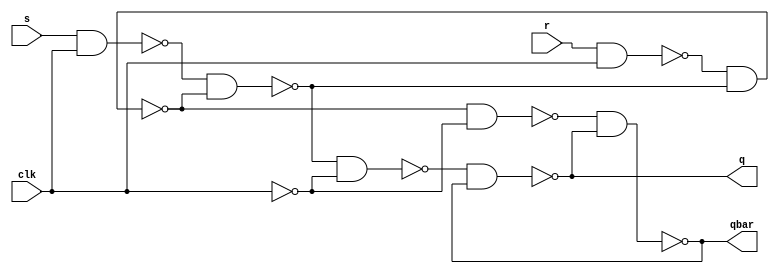
`timescale 1ns / 1ps
//////////////////////////////////////////////////////////////////////////////////
// Company: 
// Engineer: 
// 
// Design Name: 
// Module Name: sr_flip_flop_edge_triggered
// Project Name: 
// Target Devices: 
// Tool Versions: 
// Description: 
// 
// Dependencies: 
// 
// Revision:
// Revision 0.01 - File Created
// Additional Comments:
// 
//////////////////////////////////////////////////////////////////////////////////


module sr_flip_flop_edge_triggered(s,r,clk,q,qbar);
    input s,r,clk;
    output q,qbar;
    
    wire nand1,nand2,nand3,nand4,nand5,nand6;
    
    nand n1(nand1,s,clk);
    nand n2(nand2,r,clk);
    nand n3(nand3,nand1,nand4);
    nand n4(nand4,nand2,nand3);
    not no1(clk_bar,clk);
    
    nand n5(nand5,nand3,clk_bar);
    nand n6(nand6,nand4,clk_bar);
    nand n7(q,nand5,qbar);
    nand n8(qbar,nand6,q);
endmodule